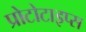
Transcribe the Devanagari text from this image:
प्रोटोटाइप्स